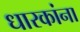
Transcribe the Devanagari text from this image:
धारकांना